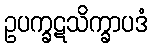
ဥပက္ခဋသိက္ခာပဒံ